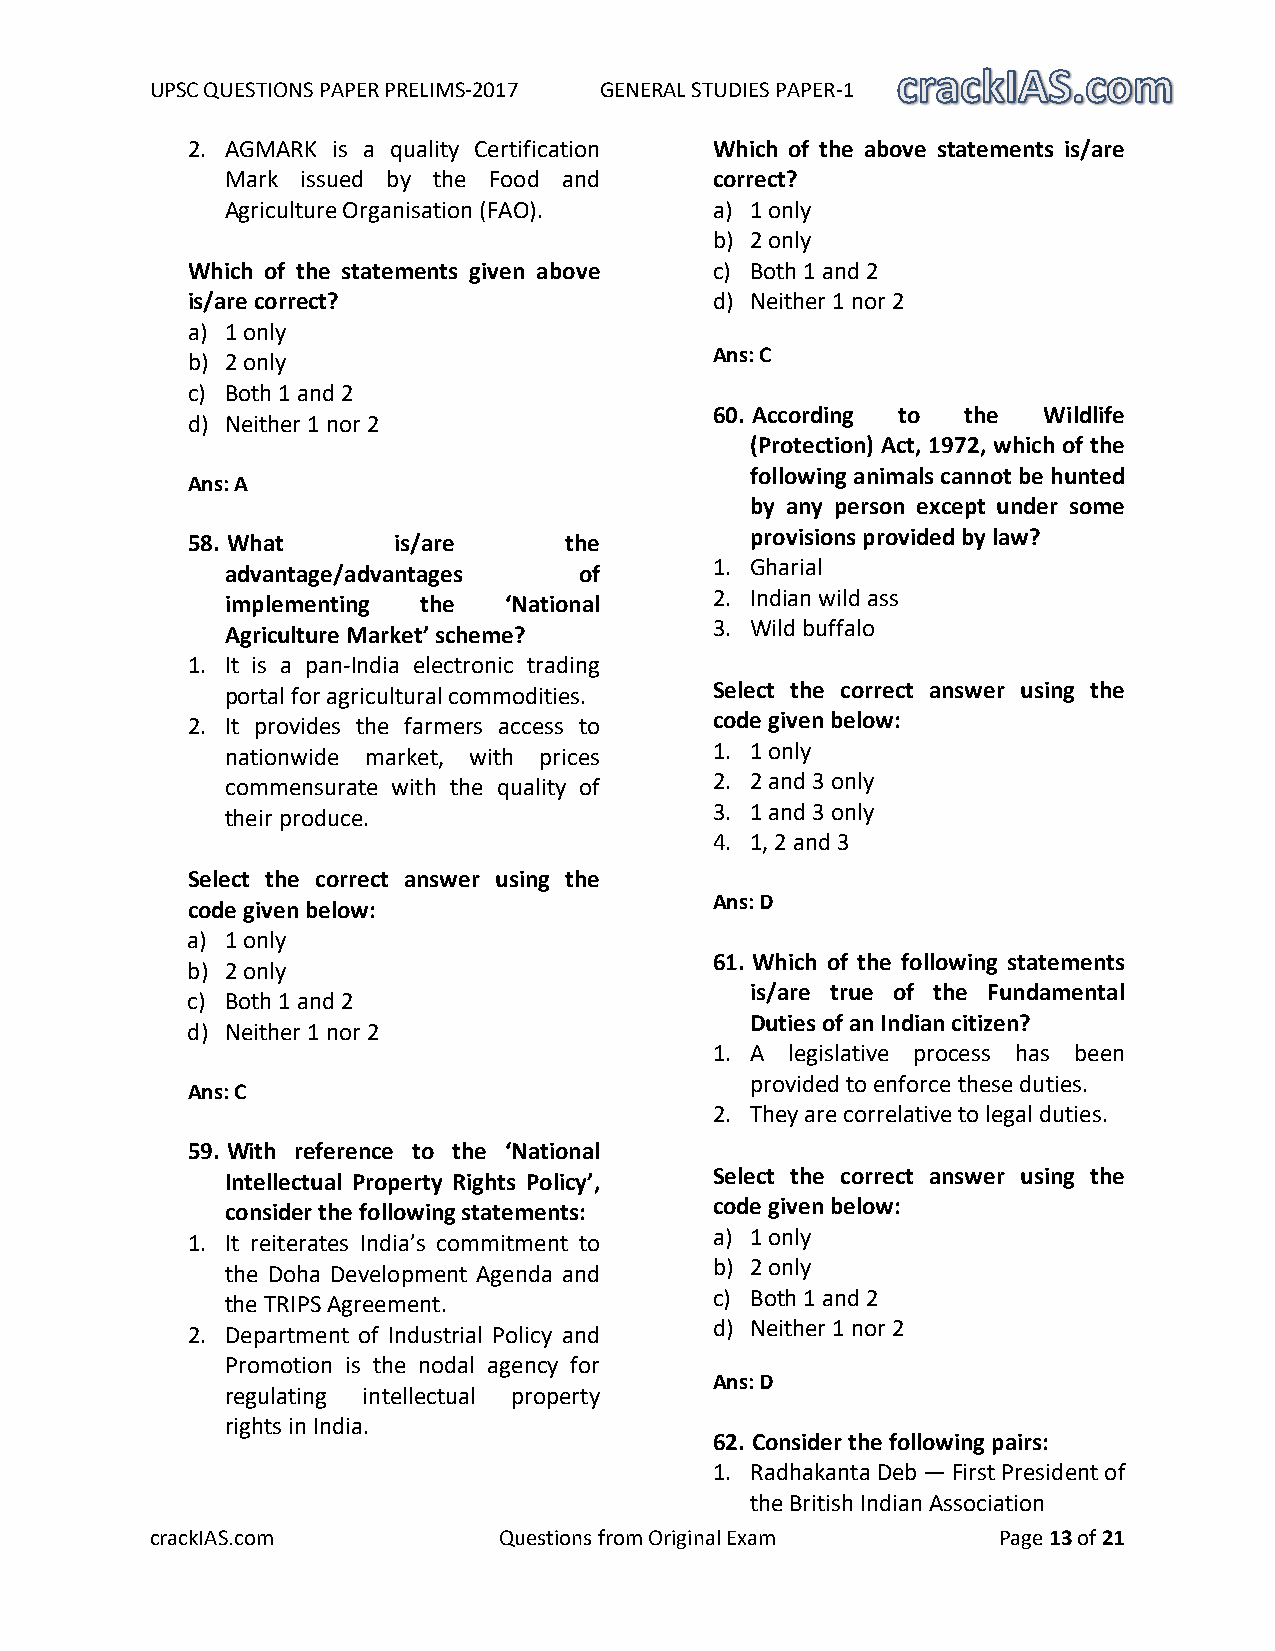
UPSC QUESTIONS PAPER PRELIMS-2017 GENERAL STUDIES PAPER-1
 2. AGMARK is a quality Certification Which of the above statements is/are
 Mark issued by the Food and     correct?
 Agriculture Organisation (FAO). a) 1 only
 b) 2 only
 Which of the statements given above c) Both 1 and 2
 is/are correct?                    d) Neither 1 nor 2
 a) 1 only
 b) 2 only                          Ans: C
 c) Both 1 and 2
 60. According to the  Wildlife
 d) Neither 1 nor 2
 (Protection) Act, 1972, which of the
 following animals cannot be hunted
 Ans: A
 by any person except under some
 provisions provided by law?
 58. What      is/are     the
 1. Gharial
 advantage/advantages   of
 2. Indian wild ass
 implementing the  ‘National
 Agriculture Market’ scheme?
 3. Wild buffalo
 1. It is a pan-India electronic trading
 portal for agricultural commodities. Select the correct answer using the
 2. It provides the farmers access to code given below:
 nationwide market, with prices
 1. 1 only
 commensurate with the quality of
 2. 2 and 3 only
 their produce.
 3. 1 and 3 only
 4. 1, 2 and 3
 Select the correct answer using the
 Ans: D
 code given below:
 a) 1 only
 61. Which of the following statements
 b) 2 only
 is/are true of the Fundamental
 c) Both 1 and 2
 Duties of an Indian citizen?
 d) Neither 1 nor 2
 1. A legislative process has been
 provided to enforce these duties.
 Ans: C
 2. They are correlative to legal duties.
 59. With reference to the ‘National
 Select the correct answer using the
 Intellectual Property Rights Policy’,
 code given below:
 consider the following statements:
 1. It reiterates India’s commitment to
 a) 1 only
 the Doha Development Agenda and
 b) 2 only
 the TRIPS Agreement.
 c) Both 1 and 2
 2. Department of Industrial Policy and
 d) Neither 1 nor 2
 Promotion is the nodal agency for
 Ans: D
 regulating intellectual property
 rights in India.
 62. Consider the following pairs:
 1. Radhakanta Deb — First President of
 the British Indian Association
 crackIAS.com           Questions from Original Exam     Page 13 of 21